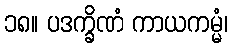
၁၈။ ပဒက္ခိဏံ ကာယကမ္မံ၊